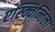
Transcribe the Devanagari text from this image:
एस्क्विन्तिला